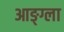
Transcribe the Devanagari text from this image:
आङ्ग्ला